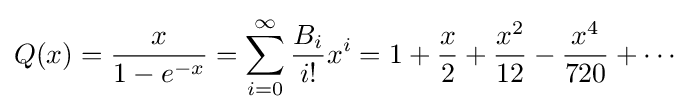
Q(x)={\frac {x}{1-e^{-x}}}=\sum _{i=0}^{\infty }{\frac {B_{i}}{i!}}x^{i}=1+{\dfrac {x}{2}}+{\dfrac {x^{2}}{12}}-{\dfrac {x^{4}}{720}}+\cdots